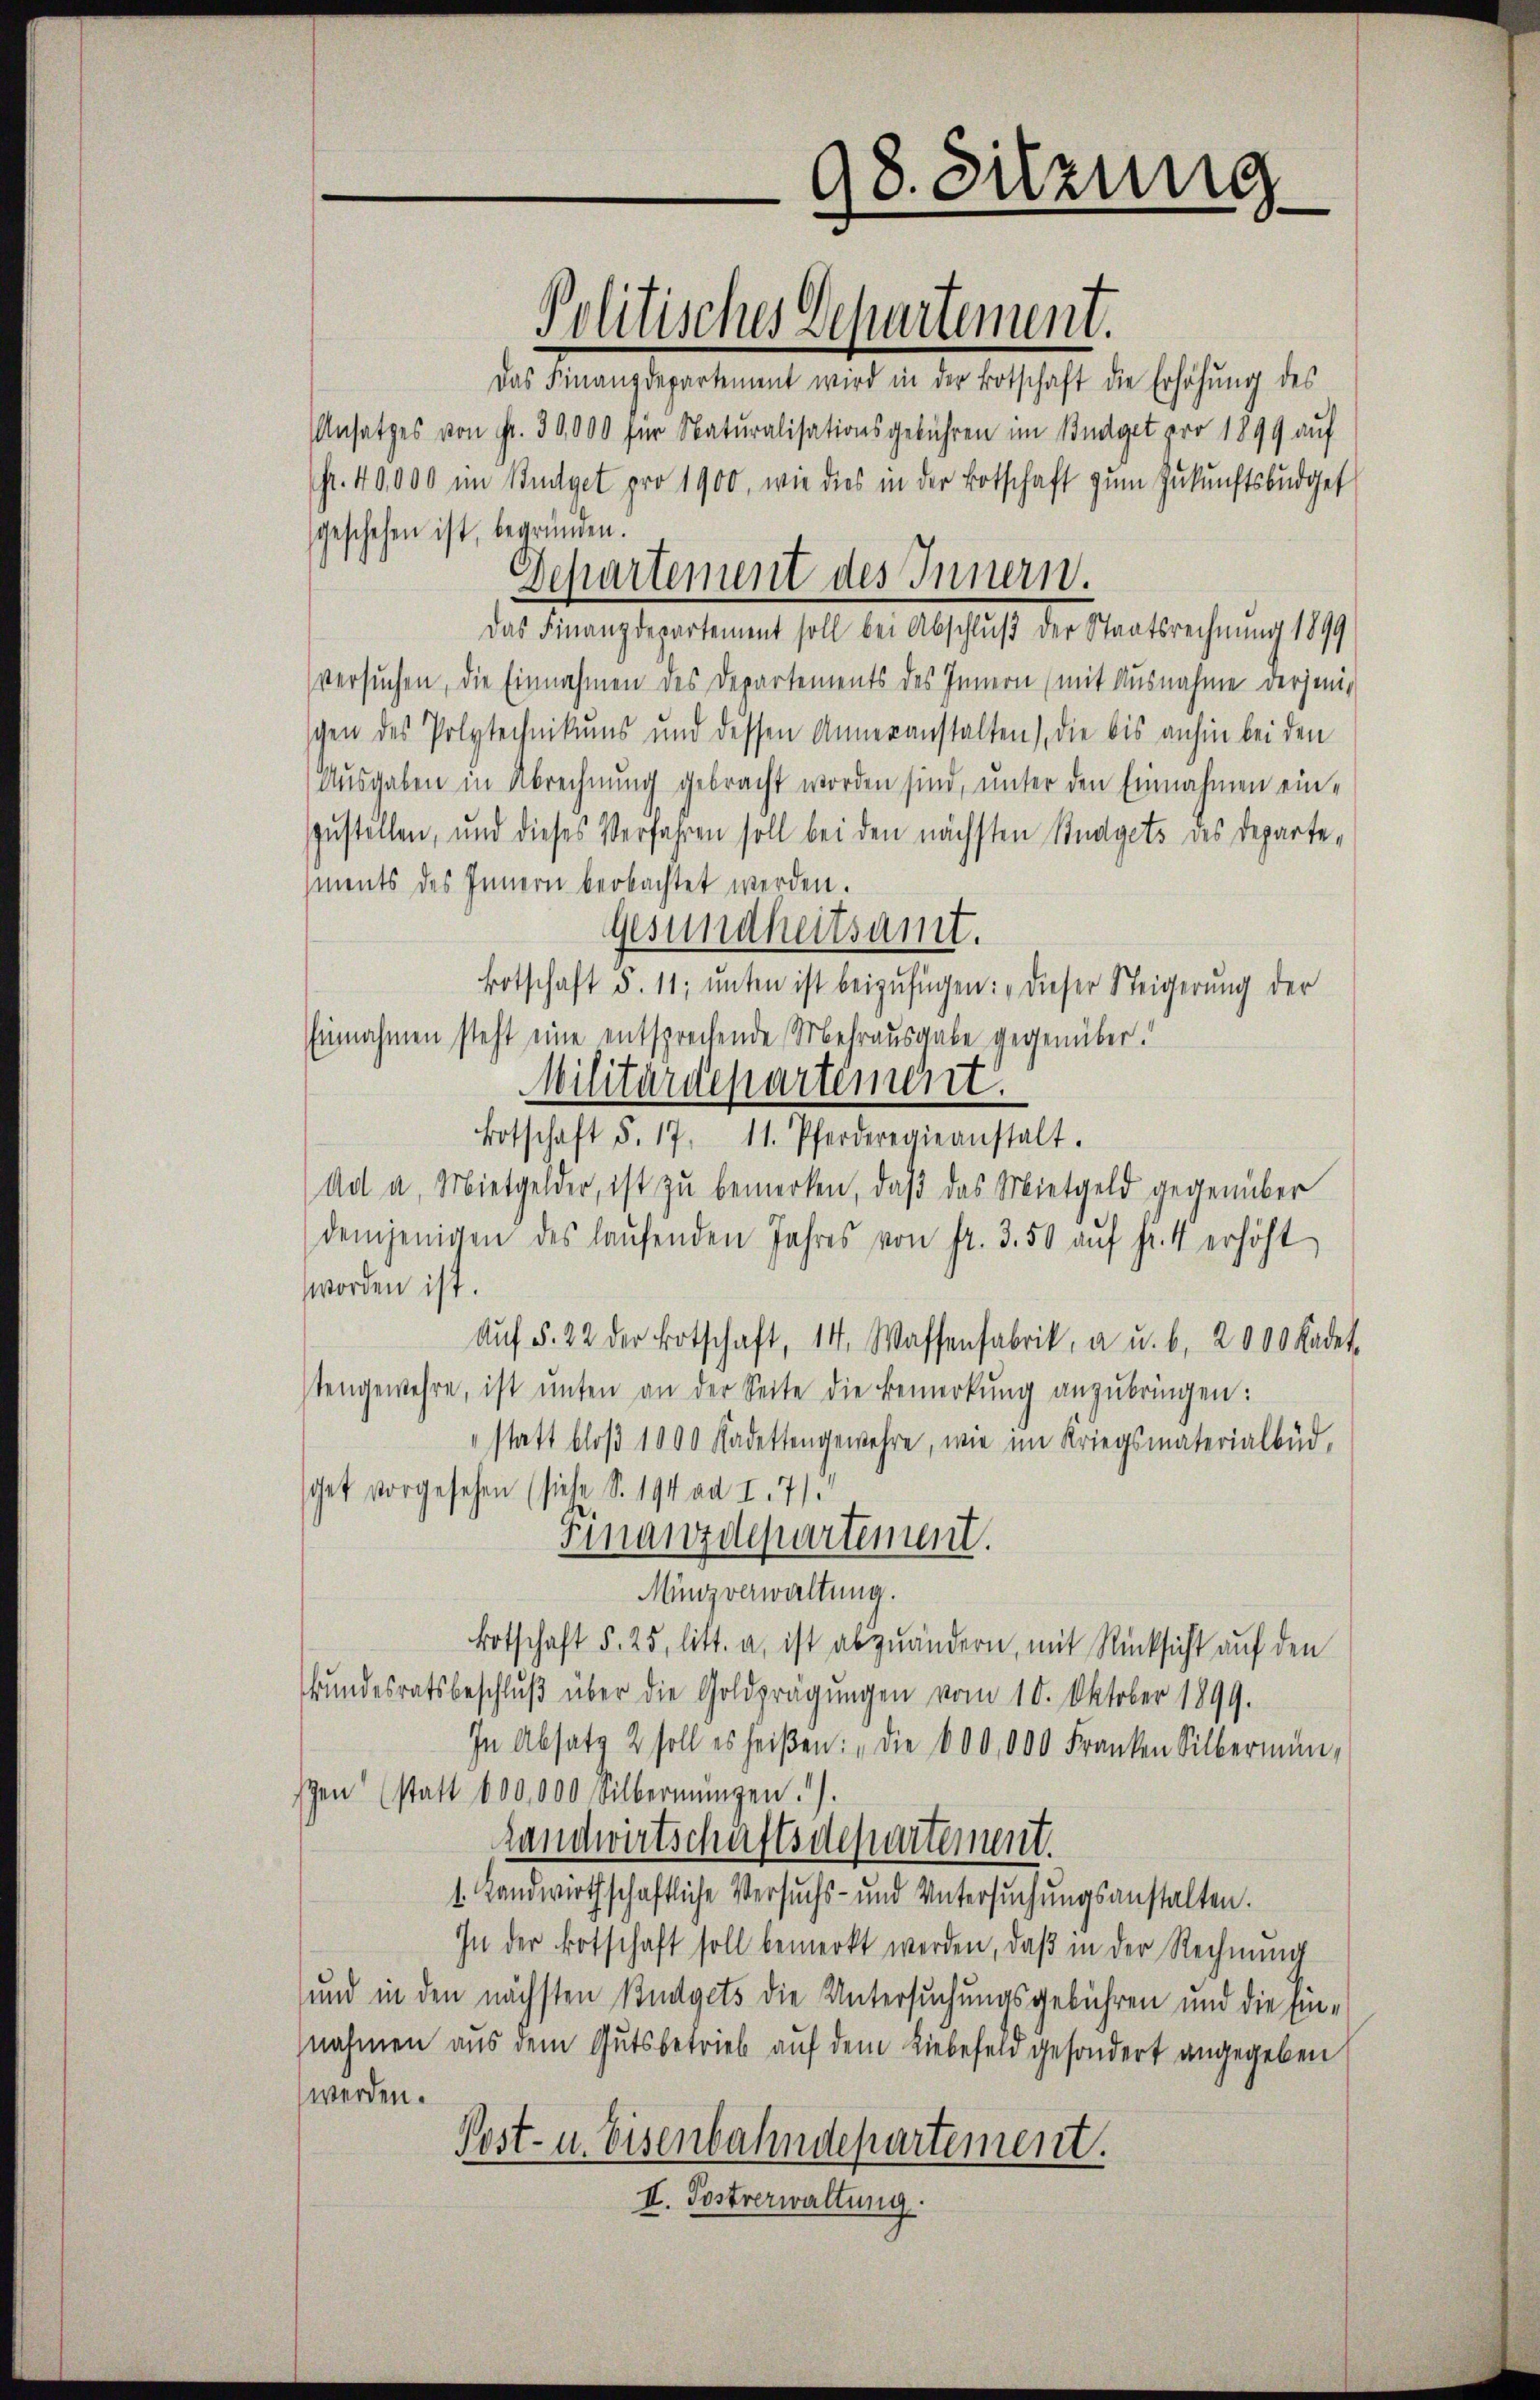
Politisches Departement.

98. Sitzung

Das Finanzdepartement wird in der Botschaft die Erhöhung des
Ansatzes von Fr. 30,000 für Naturalisationsgebühren im Budget pro 1899 auf
fr. 40,000 im Budget pro 1900, wie dies in der Botschaft zum Zukunftsbudget
sgeschehen ist, begründen.
Departement des Innern.
Das Finanzdepartement soll bei Abschluß der Staatsrechnung 1899
versuchen, die Einnahmen des Departements des Innern (mit Ausnahme derjenig
schen des Polytechnikums und dessen Anneranstalten), die bis anhin bei den
ausgaben in Abrechnung gebracht worden sind, unter den Einnahmen einzustellen, und dieses Verfahren soll bei den nächsten Budgets des Departements des Innern beobachtet werden.
Gesundheitsamt.
Botschaft §. 11, ŭnter ist beizufügen: „Dieser Steigerung der
Einnahmen steht eine entsprechende Mehrausgabe gegenüber.
Militärdepartement.
Botschaft §. 17. 11. Pferderegieanstalt.
Ad a. Mietgelder, ist zu bemerken, daß das Mietgeld gegenüber
demjenigen des laŭfenden Jahres von fr. 3. 50 aŭf fr. 4 erhöht
worden ist.
Aŭf § 22 der Botschaft, 14. Wassenfabrik, a u. b. 2000 Kadet.
stengewehre, ist ŭnter an der Seite die Bemerkŭng anzŭbringen:
statt bloβ 1000 Kadettengewehre, wie im Kriegsmaterialbüd,
chet vorgesehen (siehe, S. 194 ad I. 71.
Finanzdepartement.
Mingverwaltung.
Botschaft §. 25, litt. a, ist abzuändern, mit Rücksicht auf den
Bundesratsbeschluß über die Goldprägungen vom 10. Oktober 1899.
In Absatz 2 soll es heißen: „Die 600,000 Franken Silbermin,
szen (statt 800,000 Silbernŭngen.).
Landwirtschaftsdepartement.
1. Landwirthschaftliche Versuchs- und Untersŭchŭngsanstalten.
In der Botschaft soll bemerkt werden, daβ in der Rechnŭng
und in den nächsten Budgets die Untersuchungsgebühren und die Einnahmen aus dem Gutsbetrieb auf dem Liebefeld gesondert angegeben
werden.
Post- u. Eisenbahndepartement.
II. Postverwaltung